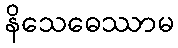
နိသေဓေဿာမ